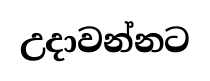
උදාවන්නට